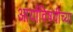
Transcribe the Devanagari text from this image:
आर्यांविषयीच्या